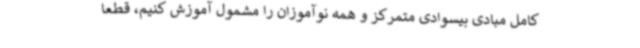
کامل مبادی بیسوادی متمرکز و همه نوآموزان را مشمول آموزش کنیم، قطعا